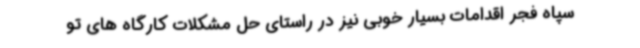
سپاه فجر اقدامات بسیار خوبی نیز در راستای حل مشکلات کارگاه های تو